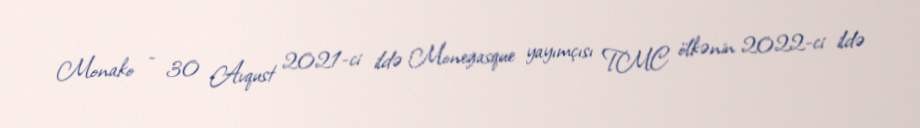
Monako - 30 Avqust 2021-ci ildə Monegasque yayımçısı TMC ölkənin 2022-ci ildə